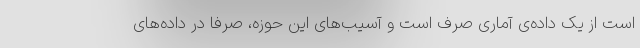
است از یک داده‌ی آماری صرف است و آسیب‌های این حوزه، صرفاً در داده‌های